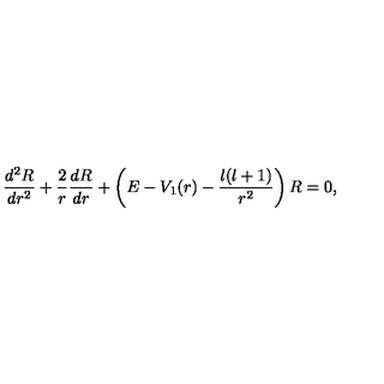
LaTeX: \frac { d ^ { 2 } R } { d r ^ { 2 } } + \frac { 2 } { r } \frac { d R } { d r } + \left( E - V _ { 1 } ( r ) - \frac { l ( l + 1 ) } { r ^ { 2 } } \right) R = 0 ,